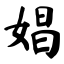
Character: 娼